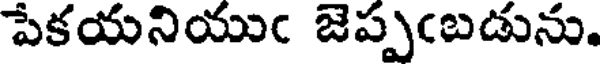
పేకయనియుఁ జెప్పఁబడును.